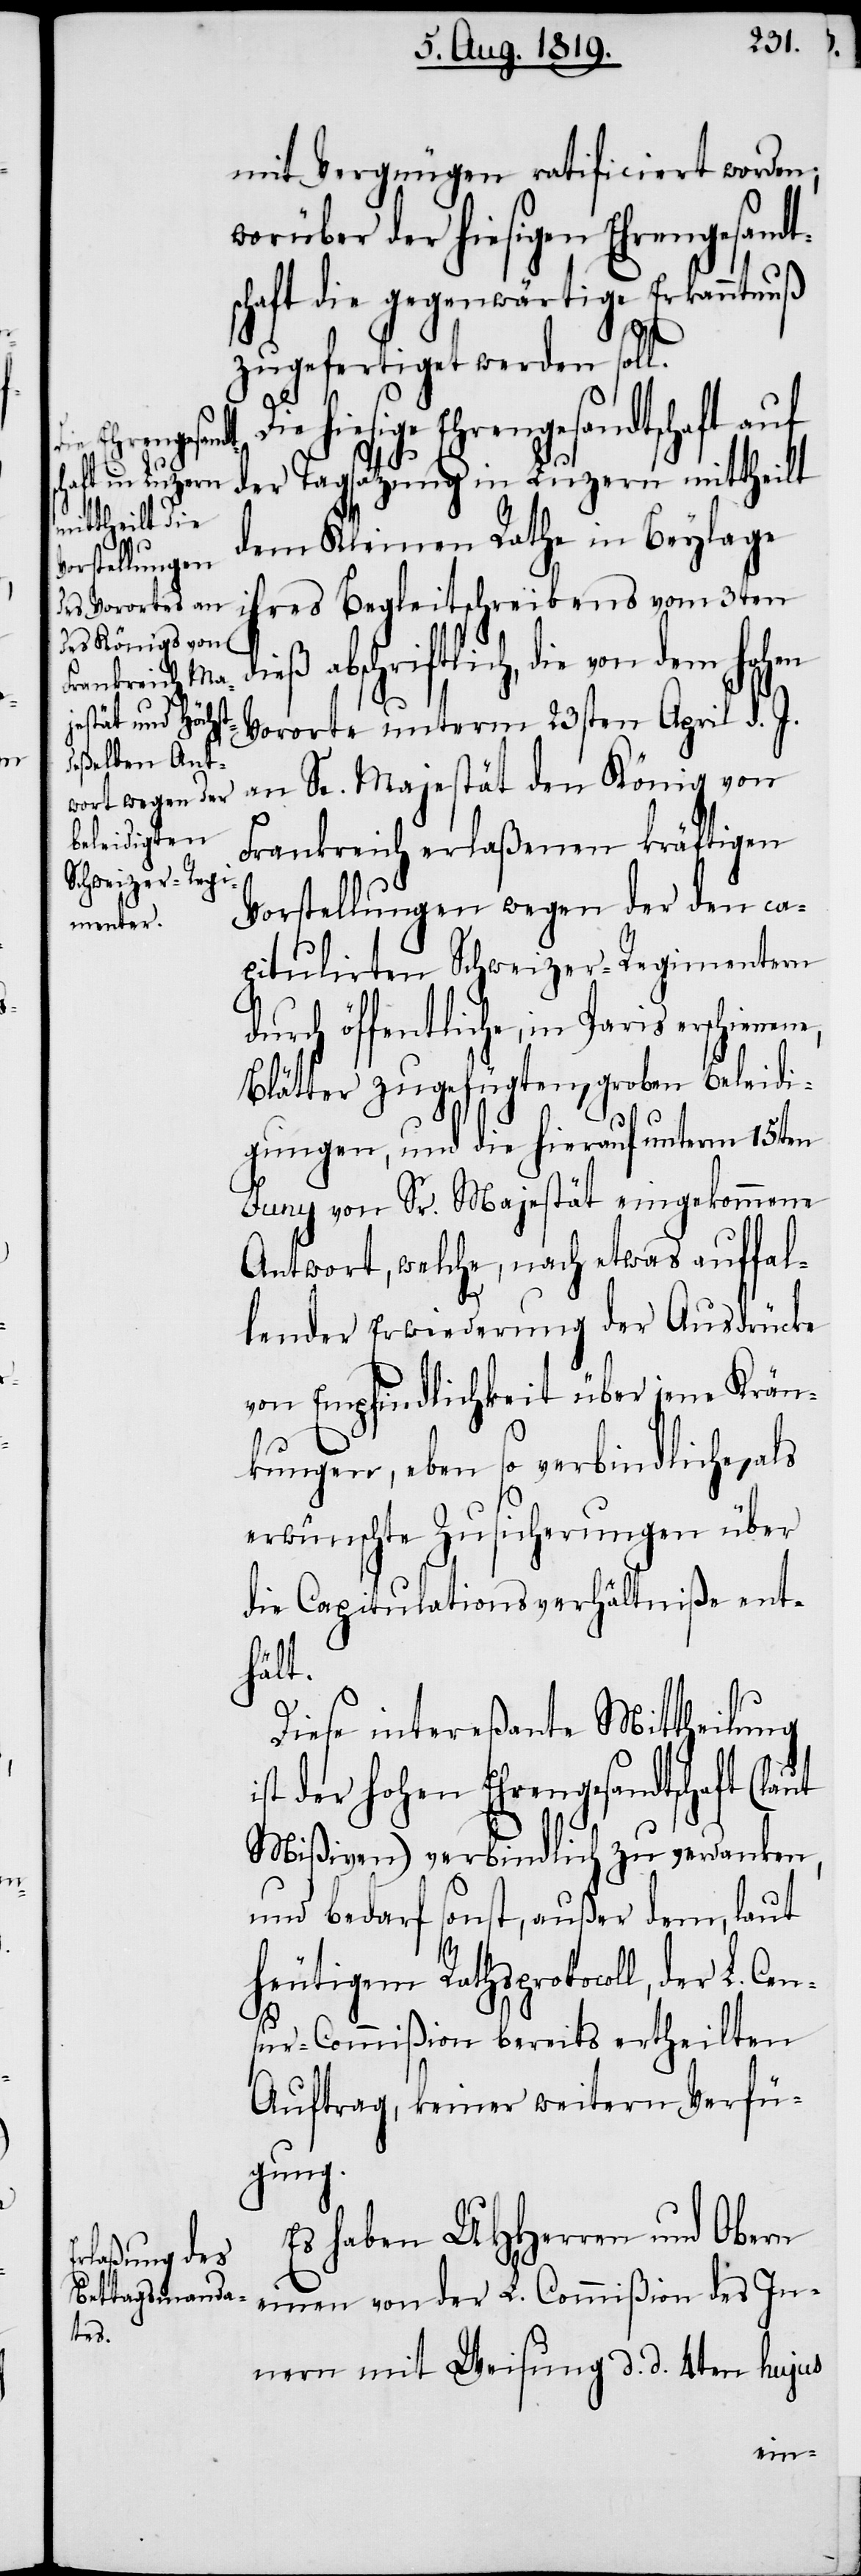
Cen¬

mit Vergnügen ratificirt worden;
worüber der hiesigen Ehrengesandt¬
schaft die gegenwärtige Erkanntnuß
e,
zugefertiget werden soll.
hiesige Ehrengesandtschaft auf
der Tagsatzung in Luzern mittheilt
dem Kleinen Rathe in Beylage
ihres Begleitschreibens vom 3ten
i¬
abschriftlich, die von dem
Vororte unterm 23sten April d. J.
an Se. Majestät den König von
Frankreich erlaßenen kräftigen
Vorstellungen wegen der den ca¬
pitulirten Schweizer-Regimentern
durch öffentliche, in Paris erschienen¬
Blätter zugefügten, groben Beleidi¬
gungen, und die hierauf unterm 15ten
Juny von Sr. Majestät eingekommene
Antwort, welche, nach etwas auffal¬
lender Erwiederung der Ausdrücke
von Empfindlichkeit über jene Krän¬
kungen, eben so verbindlichen,
erwünschte Zusicherungen über
die Capitulationsverhältniße ent¬
hält.
Diese intereßante Mittheilung
st der hohen Ehrengesandtschaft
Mißiven) verbindlich zu verdanken,
und bedarf sonst, außer dem, laut
heutigem Rathsprotocoll, der L.
sur-Commißion bereits ertheilten
Auftrag, keiner weitern Verfü¬
gung.
Es haben UHHerren und Obern
einen von der L. Commißion des In¬
nern mit Weisung d. d. 4ten hujus